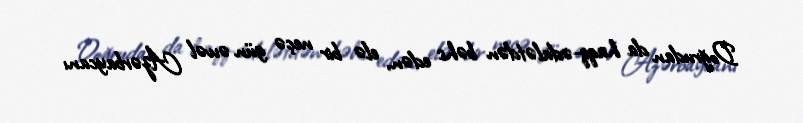
Doğrudan da haqq-ədalətdən bəhs edən, elə bir neçə gün əvvəl Azərbaycanı